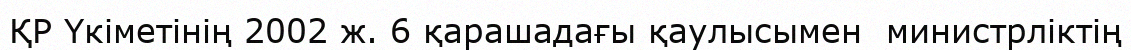
ҚР Үкіметінің 2002 ж. 6 қарашадағы қаулысымен  министрліктің